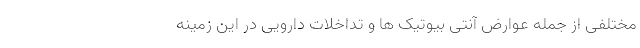
مختلفی از جمله عوارض آنتی بیوتیک ها و تداخلات دارویی در این زمینه